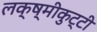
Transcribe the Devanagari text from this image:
लक्ष्मीकुट्टी